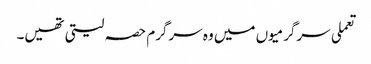
تعملی سرگرمیوں میں وہ سرگرم حصہ لیتی تھیں۔